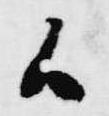
候